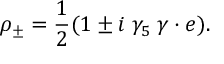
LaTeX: \rho _ { \pm } = \frac { 1 } { 2 } ( 1 \pm i \; \gamma _ { 5 } \; \gamma \cdot e ) .